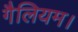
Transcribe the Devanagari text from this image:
गैलियम।